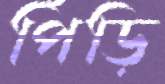
পিঁড়ি